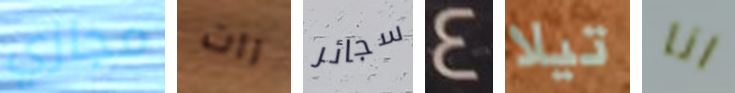
مجازي رات سجائر 4 تيلا انا